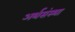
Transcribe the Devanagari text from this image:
अर्थसंस्था